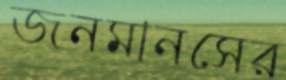
জনমানসের